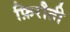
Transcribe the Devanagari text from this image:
फ़िरौती